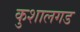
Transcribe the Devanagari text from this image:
कुशालगड